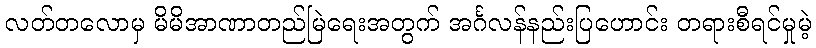
လတ်တလောမှ မိမိအာဏာတည်မြဲရေးအတွက် အင်္ဂလန်နည်းပြဟောင်း တရားစီရင်မှုမဲ့